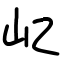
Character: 𡴭